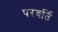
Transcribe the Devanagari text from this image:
परवर्ति